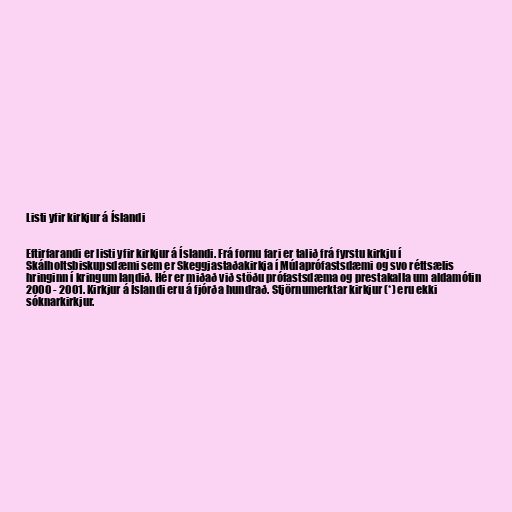
Listi yfir kirkjur á Íslandi

Eftirfarandi er listi yfir kirkjur á Íslandi. Frá fornu fari er talið frá fyrstu kirkju í
Skálholtsbiskupsdæmi sem er Skeggjastaðakirkja í Múlaprófastsdæmi og svo réttsælis
hringinn í kringum landið. Hér er miðað við stöðu prófastsdæma og prestakalla um aldamótin
2000 - 2001. Kirkjur á Íslandi eru á fjórða hundrað. Stjörnumerktar kirkjur (*) eru ekki
sóknarkirkjur.